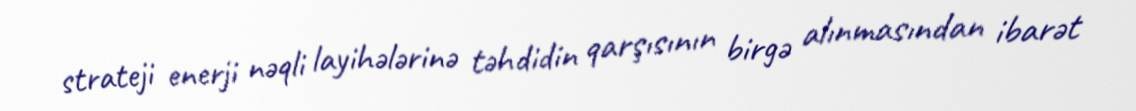
strateji enerji nəqli layihələrinə təhdidin qarşısının birgə alınmasından ibarət